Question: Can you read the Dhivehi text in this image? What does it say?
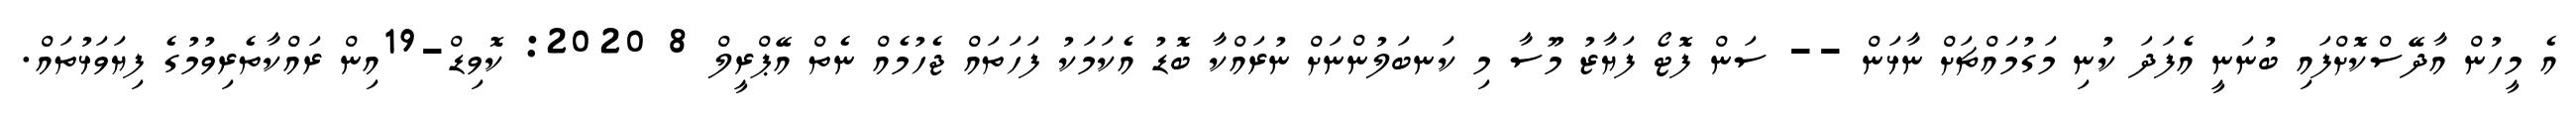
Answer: އެ މީހުން އާދޭސްކޮށްފައި ބުނަނީ އެފަދަ ކުނި މަގުމައްޗަށް ނާޅަން -- ސަން ފޮޓޯ ފަޔާޒު މޫސާ މި ކަނބަލުންނަށް ނުރައްކާ ބޮޑު އެކަމަކު ފަހަތައް ޖެހުމެއް ނެތް އޭޕްރީލް 8 2020: ކޮވިޑް-19އިން ރައްކާތެރިވުމުގެ ފިޔަވަޅުތައް.